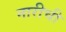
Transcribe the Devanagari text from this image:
नारीची